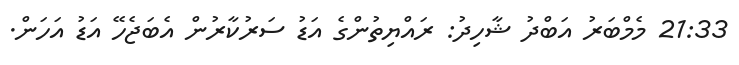
21:33 މެމްބަރު އަބްދު ޝާހިދު: ރައްޔިތުންގެ އަޑު ސަރުކާރުން އެބަޖެހޭ އަޑު އަހަން.